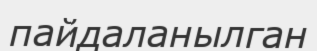
пайдаланылган